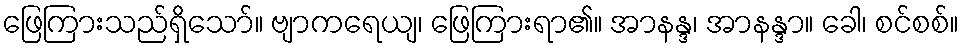
ဖြေကြားသည်ရှိသော်။ ဗျာကရေယျ၊ ဖြေကြားရာ၏။ အာနန္ဒ၊ အာနန္ဒာ။ ခေါ၊ စင်စစ်။